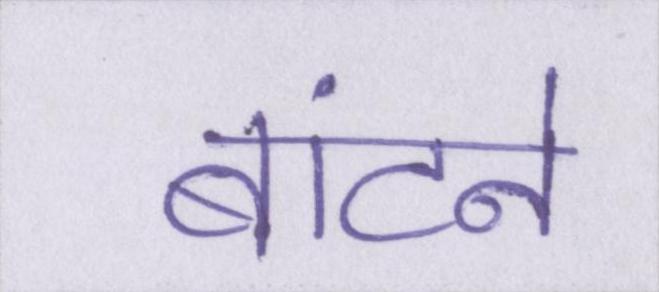
बांटने